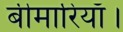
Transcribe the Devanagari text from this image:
बीमारियाँ।